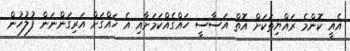
އެއީ ކޮންމެ ރައްޔިތަކަށް އޮތް އަސާސީ ހައްގެއްކަމަށާއި އެ ހައްގަށް އަރިގަންނަން ފުލުހުން